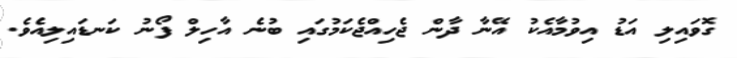
ގޮވައިލި އަޑު އިވުމާއެކު އޭނާ ދާން ޖެހިއްޖެކަމުގައި ބުނެ އާހިލް ފޯނު ކަނޑައިލިއެވެ.